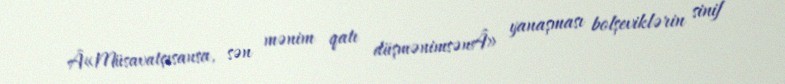
Â«Müsavatçısansa, sən mənim qatı düşmənimsənÂ» yanaşması bolşeviklərin sinif